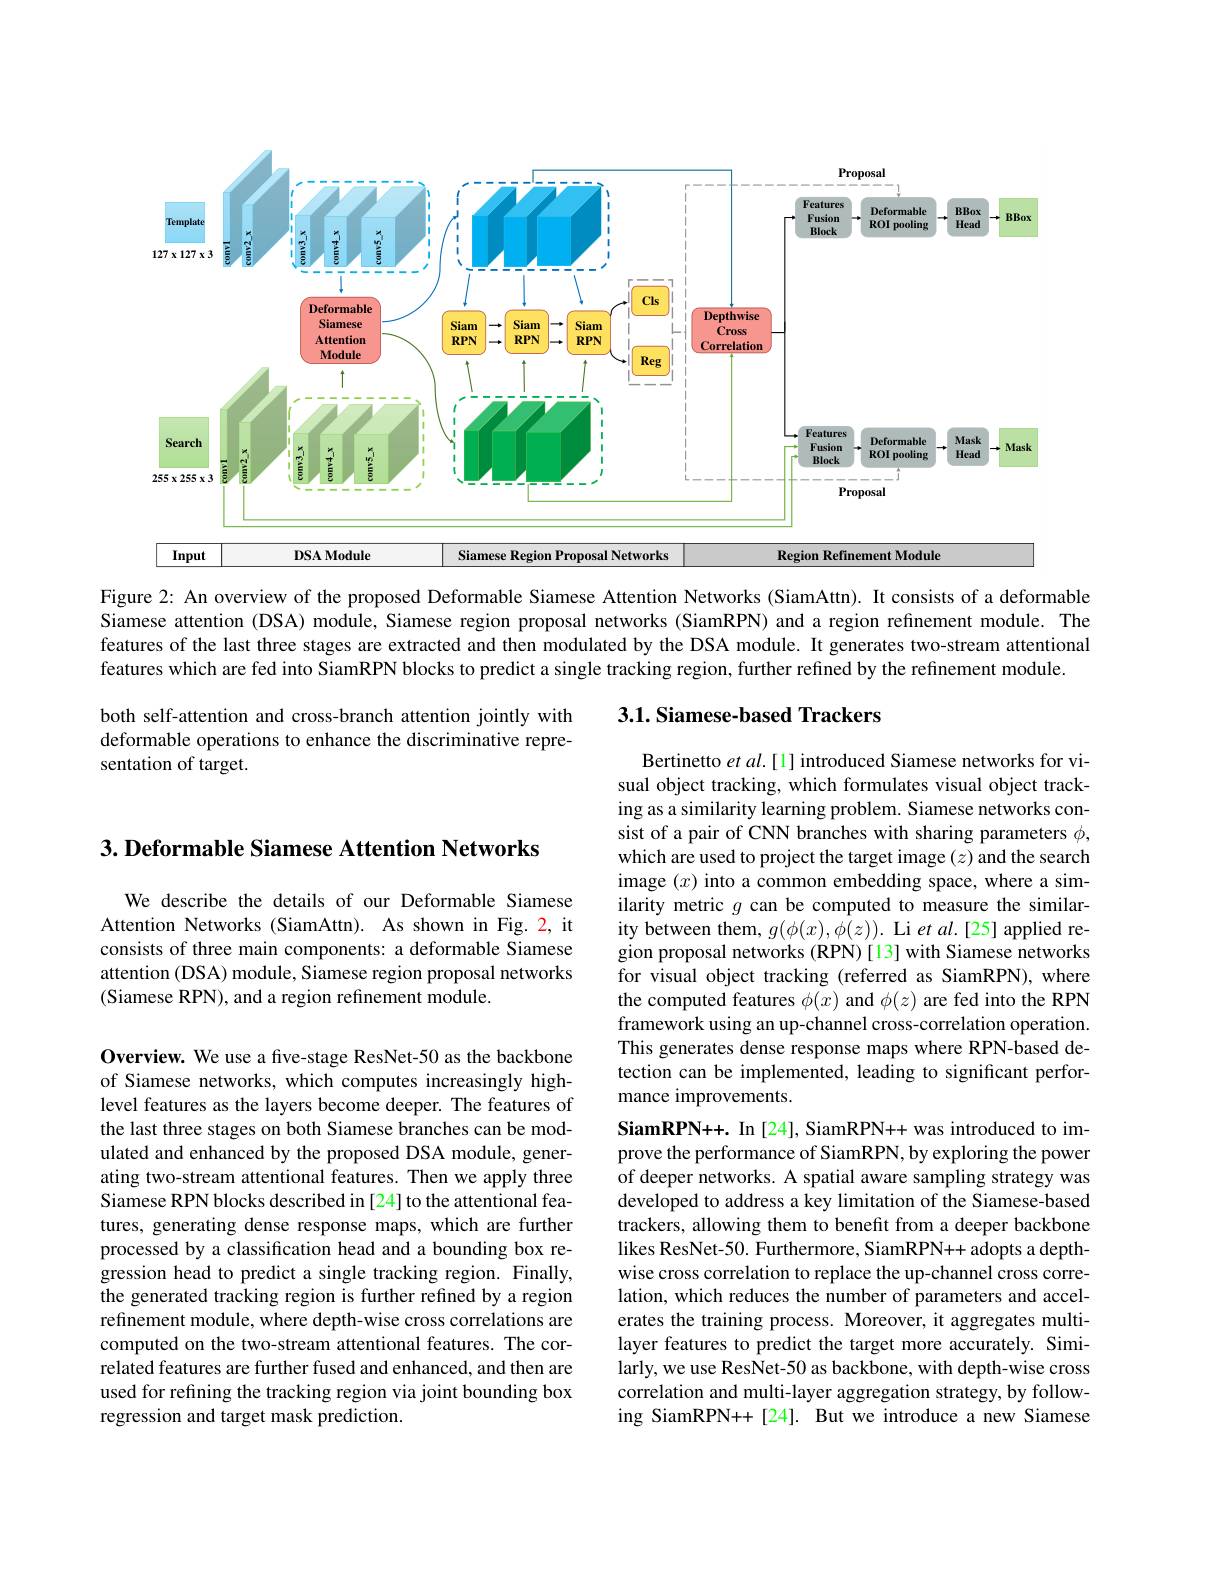
<FigureHere>

Figure 2: An overview of the proposed Deformable Siamese Attention Networks (SiamAttn). It consists of a deformable Siamese attention (DSA) module, Siamese region proposal networks (SiamRPN) and a region refinement module. The features of the last three stages are extracted and then modulated by the DSA module. It generates two-stream attentional features which are fed into SiamRPN blocks to predict a single tracking region, further refined by the refinement module.

## 3.1. Siamese-based Trackers

both self-attention and cross-branch attention jointly with deformable operations to enhance the discriminative representation of target.

$3. \textbf{Deformable Siamese Attention Networks}$

We describe the details of our Deformable Siamese Attention Networks (SiamAttn). As shown in Fig. 2, it consists of three main components: a deformable Siamese attention (DSA) module, Siamese region proposal networks (Siamese RPN), and a region refinement module.

Bertinetto et $al.[1]$ introduced Siamese networks for visual object tracking, which formulates visual object tracking as a similarity learning problem. Siamese networks consist of a pair of CNN branches with sharing parameters $\phi$, which are used to project the target image $(z)$ and the search image $(x)$ into a common embedding space, where a similarity metric $g$ can be computed to measure the similar- $\begin{array}{l}\text{ity between them, }g(\phi(x),\phi(z)).\text{ Li }et\:al.[25]\text{ applied re-}\\\text{gion proposal networks (RPN)[13] with Siamese networks}\end{array}$ for visual object tracking (referred as SiamRPN), where the computed features $\phi(x)$ and $\phi(z)$ are fed into the RPN framework using an up-channel cross-correlation operation. This generates dense response maps where RPN-based detection can be implemented, leading to significant performance improvements.
SiamRPN++. In [24], SiamRPN++ was introduced to improve the performance of SiamRPN, by exploring the power of deeper networks. A spatial aware sampling strategy was developed to address a key limitation of the Siamese-based trackers, allowing them to benefit from a deeper backbone likes ResNet-50. Furthermore, SiamRPN++ adopts a depthwise cross correlation to replace the up-channel cross correlation, which reduces the number of parameters and accelerates the training process. Moreover, it aggregates multilayer features to predict the target more accurately. Similarly, we use ResNet-50 as backbone, with depth-wise cross correlation and multi-layer aggregation strategy, by following SiamRPN++[24]. But we introduce a new Siamese

Overview. We use a five-stage ResNet-50 as the backbone of Siamese networks, which computes increasingly highlevel features as the layers become deeper. The features of the last three stages on both Siamese branches can be modulated and enhanced by the proposed DSA module, generating two-stream attentional features. Then we apply three Siamese RPN blocks described in [24] to the attentional features, generating dense response maps, which are further processed by a classification head and a bounding box regression head to predict a single tracking region. Finally, the generated tracking region is further refined by a region refinement module, where depth-wise cross correlations are computed on the two-stream attentional features. The correlated features are further fused and enhanced, and then are used for refining the tracking region via joint bounding box regression and target mask prediction.